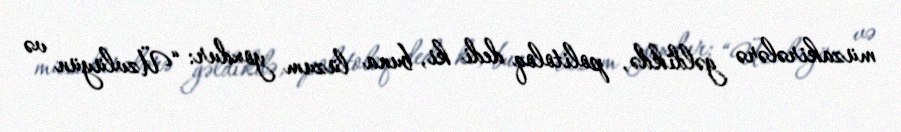
müzakirələrə gəldikdə, politoloq dedi ki, buna lüzum yoxdur: “Üzvlüyün və